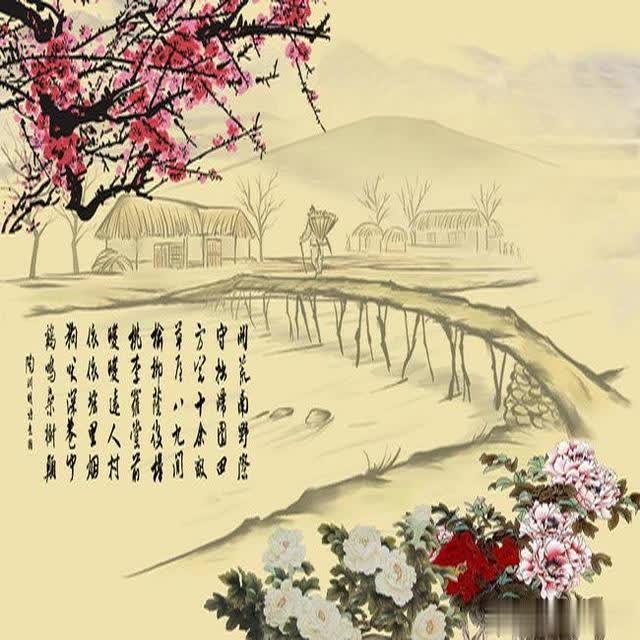
晨兴理荒秽，带月荷锄归。